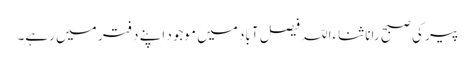
پیر کی صبح رانا ثناءاللہ فیصل آباد میں موجود اپنے دفتر میں رہے۔